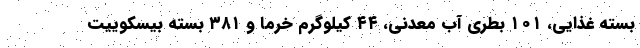
بسته غذایی، ۱۰۱ بطری آب معدنی، ۴۴ کیلوگرم خرما و ۳۸۱ بسته بیسکوییت